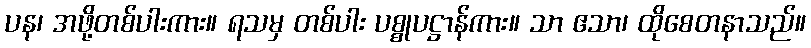
ပန၊ အဖို့တစ်ပါးကား။ ရသမှ တစ်ပါး ပစ္စုပဋ္ဌာန်ကား။ သာ ဧသာ၊ ထိုစေတနာသည်။